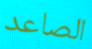
الصاعد